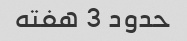
حدود 3 هفته